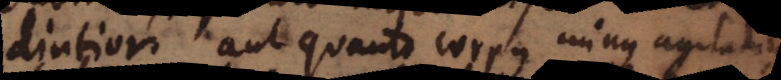
diutior, aut quanto corpus minus agitatas